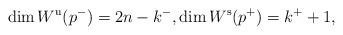
LaTeX: \begin{gather*} \dim W^{\mathrm{u}}(p^-) = 2n-k^-, \dim W^{\mathrm{s}}(p^+) = k^+ + 1, \end{gather*}